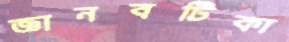
জ্ঞানবটিকা